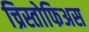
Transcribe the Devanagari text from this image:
च्रिस्तोफिअस